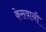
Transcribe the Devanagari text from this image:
केसवानी